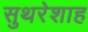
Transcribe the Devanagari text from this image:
सुथरेशाह